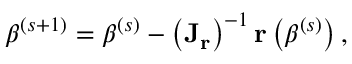
{ \boldsymbol { \beta } } ^ { ( s + 1 ) } = { \boldsymbol { \beta } } ^ { ( s ) } - \left( \mathbf { J _ { r } } \right) ^ { - 1 } \mathbf { r } \left( { \boldsymbol { \beta } } ^ { ( s ) } \right) ,